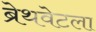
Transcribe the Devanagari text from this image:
ब्रेथवेटला